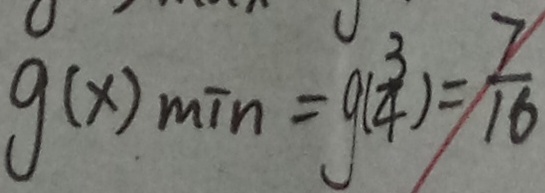
g ( x ) _ { \min } = g ( \frac { 3 } { 4 } ) = \frac { 7 } { 1 6 }